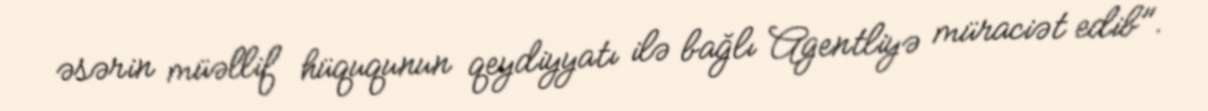
əsərin müəllif hüququnun qeydiyyatı ilə bağlı Agentliyə müraciət edib".